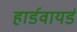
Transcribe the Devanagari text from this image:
हार्डवायर्ड